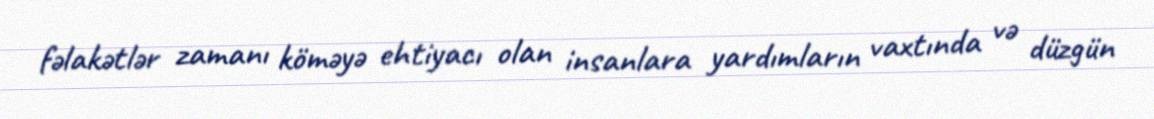
fəlakətlər zamanı köməyə ehtiyacı olan insanlara yardımların vaxtında və düzgün